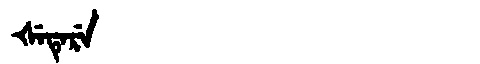
Manchu: ᡧᡝᡨᡝᡵᡝ
Romanization: ŠETERE